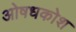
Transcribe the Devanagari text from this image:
ओषधकोश